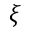
\xi